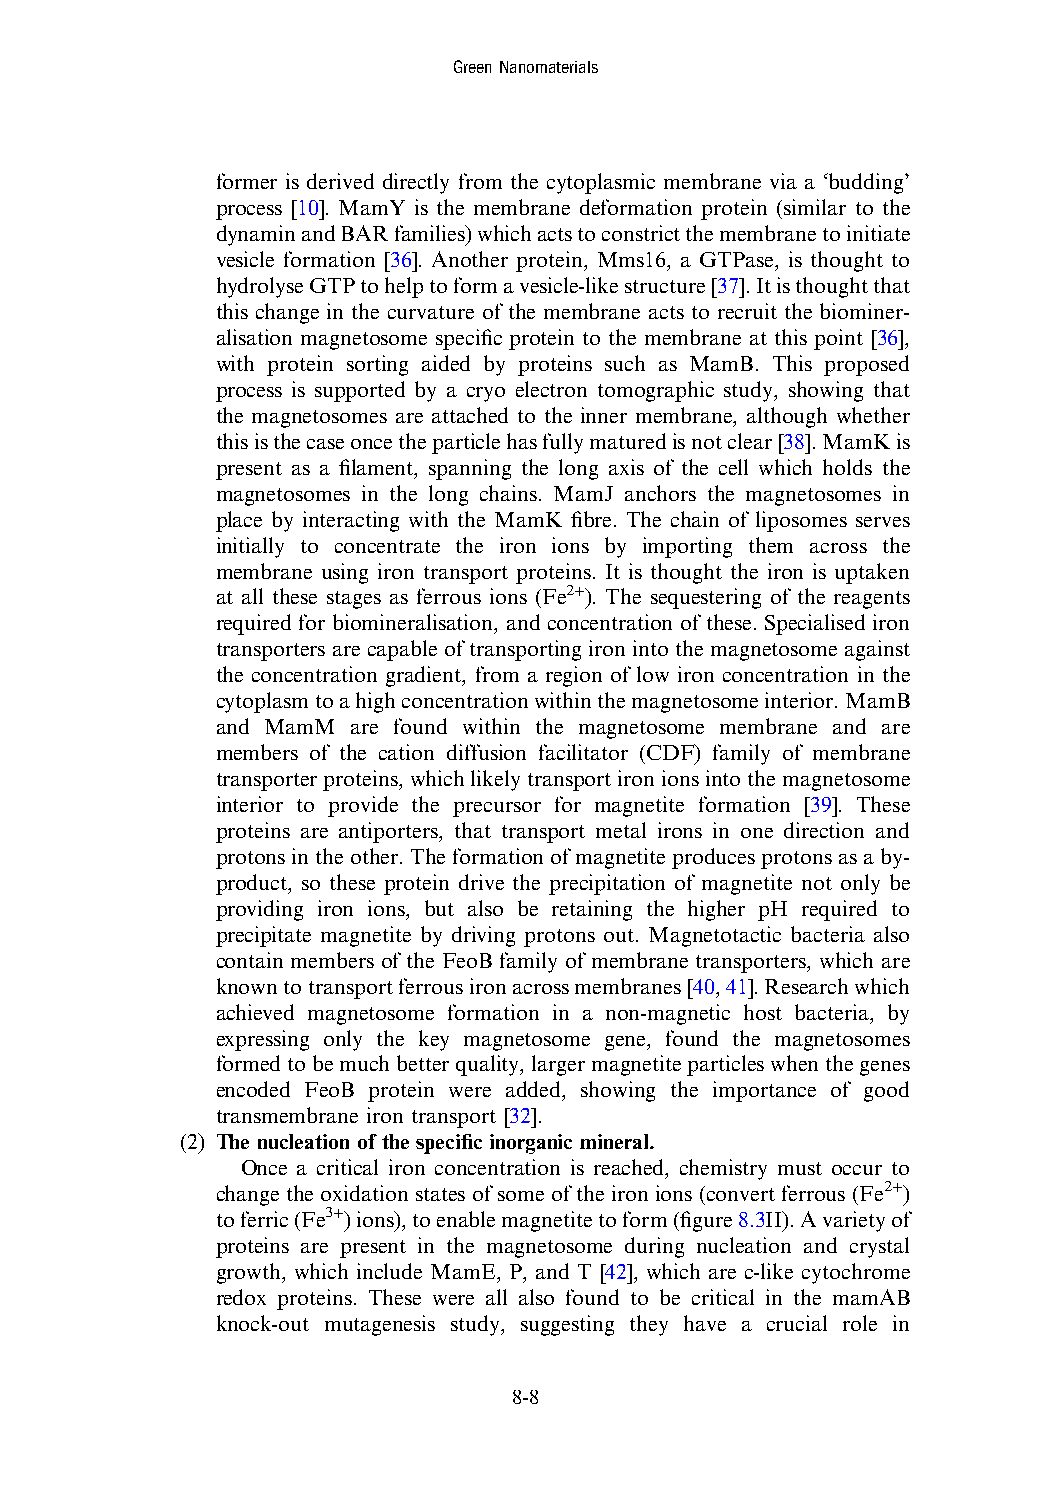
GreenNanomaterials
 former is derived directly from the cytoplasmic membrane via a ‘budding’
 process [10]. MamY is the membrane deformation protein (similar to the
 dynaminandBARfamilies)whichactstoconstrictthemembranetoinitiate
 vesicle formation [36]. Another protein, Mms16, a GTPase, is thought to
 hydrolyseGTPtohelptoformavesicle-likestructure[37].Itisthoughtthat
 this change in the curvature of the membrane acts to recruit the biominer-
 alisation magnetosome specific protein to the membrane at this point [36],
 with protein sorting aided by proteins such as MamB. This proposed
 process is supported by a cryo electron tomographic study, showing that
 the magnetosomes are attached to the inner membrane, although whether
 thisisthecaseoncetheparticlehasfullymaturedisnotclear[38].MamKis
 present as a filament, spanning the long axis of the cell which holds the
 magnetosomes in the long chains. MamJ anchors the magnetosomes in
 place by interacting with the MamK fibre. The chain of liposomes serves
 initially to concentrate the iron ions by importing them across the
 membrane using iron transport proteins. It is thought the iron is uptaken
 at all these stages as ferrous ions
 (Fe2+
 ). The sequestering of the reagents
 required for biomineralisation, and concentration of these. Specialised iron
 transporters are capable of transporting iron into the magnetosomeagainst
 the concentration gradient, from a region of low iron concentration in the
 cytoplasmtoahighconcentrationwithinthemagnetosomeinterior.MamB
 and MamM are found within the magnetosome membrane and are
 members of the cation diffusion facilitator (CDF) family of membrane
 transporterproteins,whichlikelytransportironionsintothemagnetosome
 interior to provide the precursor for magnetite formation [39]. These
 proteins are antiporters, that transport metal irons in one direction and
 protonsintheother.Theformationofmagnetiteproducesprotonsasaby-
 product, so these protein drive the precipitation of magnetite not only be
 providing iron ions, but also be retaining the higher pH required to
 precipitate magnetite by driving protons out. Magnetotactic bacteria also
 contain members of the FeoB family of membrane transporters, which are
 knowntotransportferrousironacrossmembranes[40,41].Researchwhich
 achieved magnetosome formation in a non-magnetic host bacteria, by
 expressing only the key magnetosome gene, found the magnetosomes
 formedtobemuchbetterquality,largermagnetiteparticleswhenthegenes
 encoded FeoB protein were added, showing the importance of good
 transmembrane iron transport [32].
 (2) The nucleation of the specific inorganic mineral.
 Once a critical iron concentration is reached, chemistry must occur to
 change the oxidation states of some of the iron ions (convert ferrous
 (Fe2+
 )
 toferric(Fe3+ )ions),toenablemagnetitetoform(figure8.3II).Avarietyof
 proteins are present in the magnetosome during nucleation and crystal
 growth, which include MamE, P, and T [42], which are c-like cytochrome
 redox proteins. These were all also found to be critical in the mamAB
 knock-out mutagenesis study, suggesting they have a crucial role in
 8-8